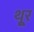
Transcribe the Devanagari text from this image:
थू्र